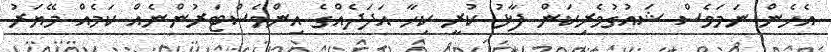
އެހެން ނަމަވެސް ޝައުގުވެރިކަން ފާޅު ކުރީ ކިހާ އަދަދެއްގެ އިންވެސްޓަރުންނެއް ކަމެއް މޭޔަރު